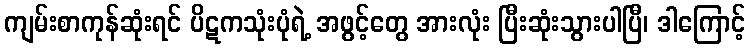
ကျမ်းစာကုန်ဆုံးရင် ပိဋကသုံးပုံရဲ့ အဖွင့်တွေ အားလုံး ပြီးဆုံးသွားပါပြီ၊ ဒါကြောင့်